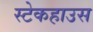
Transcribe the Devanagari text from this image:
स्टेकहाउस